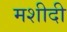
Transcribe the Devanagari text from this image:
मशीदी